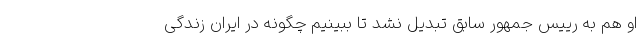
او هم به رییس جمهور سابق تبدیل نشد تا ببینیم چگونه در ایران زندگی